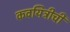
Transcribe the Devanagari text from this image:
कवयित्रीची